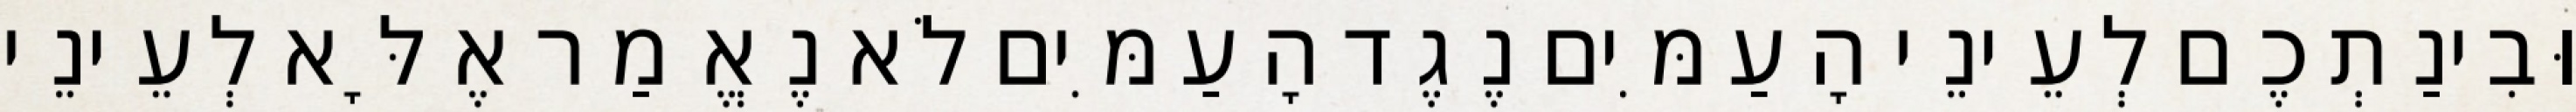
וּבִינַתְכֶם לְעֵינֵי הָעַמִּים נֶגֶד הָעַמִּים לֹא נֶאֱמַר אֶלָּא לְעֵינֵי